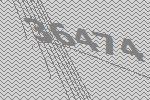
36474